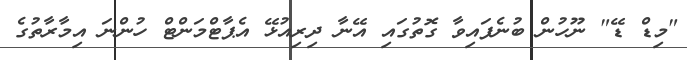
"މިޑް ޑޭ" ނޫހުން ބުނެފައިވާ ގޮތުގައި އޭނާ ދިރިއުޅޭ އެޕާޓްމަންޓް ހުންނަ އިމާރާތުގެ